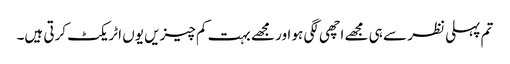
تم پہلی نظر سے ہی مجھے اچھی لگی ہو اور مجھے بہت کم چیزیں یوں اٹریکٹ کرتی ہیں۔